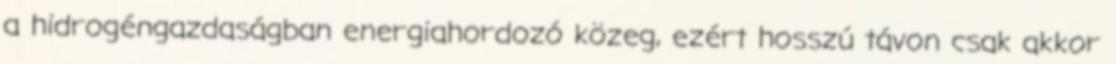
a hidrogéngazdaságban energiahordozó közeg, ezért hosszú távon csak akkor